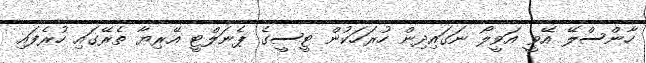
ހާންސްލޭ އޭވީ އަވީލޯ ނަގައިދިން ހުރަހަކުން ޓީސީގެ ޕެނަލްޓީ އޭރިޔާ ތެރޭގައި ހުރެފައި